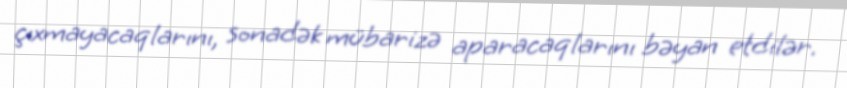
çıxmayacaqlarını, sonadək mübarizə aparacaqlarını bəyan etdilər.